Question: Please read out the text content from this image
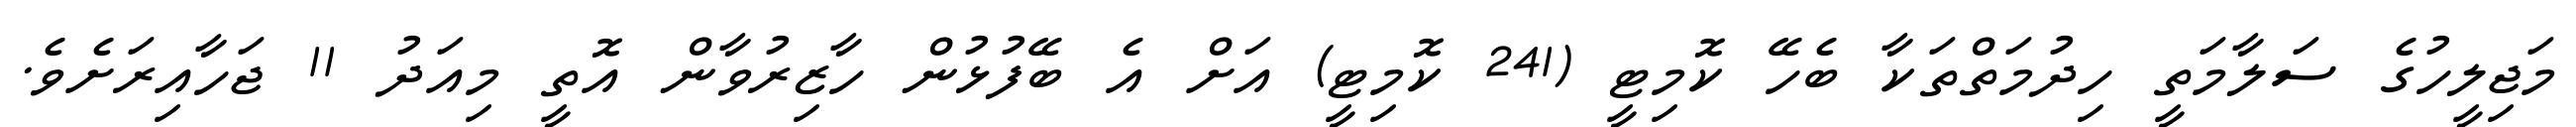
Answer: މަޖިލީހުގެ ސަލާމަތީ ހިދުމަތްތަކާ ބެހޭ ކޮމިޓީ (241 ކޮމިޓީ) އަށް އެ ބޭފުޅުން ހާޒިރުވާން އޮތީ މިއަދު 11 ޖަހާއިރަށެވެ.